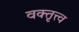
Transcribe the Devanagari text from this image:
वक्तृत्त्व